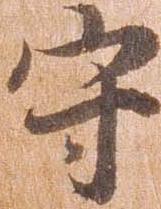
守